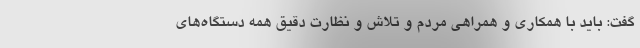
گفت: باید با همکاری و همراهی مردم و تلاش و نظارت دقیق همه دستگاه‌های